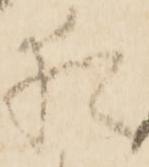
猶